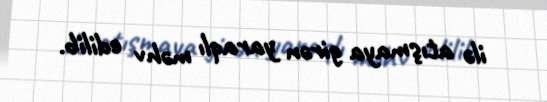
ilə atışmaya girən yaraqlı məhv edilib.